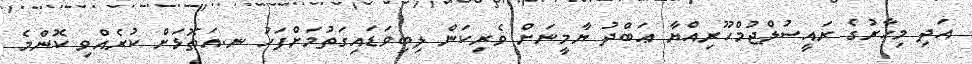
އަދި މިހާރުގެ ރައީސުލްޖުމްހޫރިއްޔާ ޢަބްދު ޔާމީނަށް ވެރިކަން ލިބިވަޑައިގަތުމަށްފަހު ނ.އަތޮޅަށް ކުރެއްވި ކޮންމެ